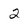
Character: 2